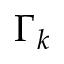
\Gamma _ { k }